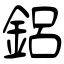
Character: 鋁